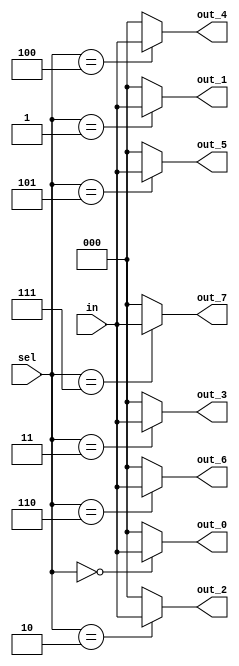
/*
 * Generated by Digiblock. Don't modify this file!
 * Any changes will be lost if this file is regenerated.
 */
module DemuxBus3 #(
    parameter Bits = 2
)
(
    output [2:0] out_0,
    output [2:0] out_1,
    output [2:0] out_2,
    output [2:0] out_3,
    output [2:0] out_4,
    output [2:0] out_5,
    output [2:0] out_6,
    output [2:0] out_7,
    input [2:0] sel,
    input [2:0] in
);
    assign out_0 = (sel == 3'h0)? in : 3'h0;
    assign out_1 = (sel == 3'h1)? in : 3'h0;
    assign out_2 = (sel == 3'h2)? in : 3'h0;
    assign out_3 = (sel == 3'h3)? in : 3'h0;
    assign out_4 = (sel == 3'h4)? in : 3'h0;
    assign out_5 = (sel == 3'h5)? in : 3'h0;
    assign out_6 = (sel == 3'h6)? in : 3'h0;
    assign out_7 = (sel == 3'h7)? in : 3'h0;
endmodule
module DIG_Counter_Nbit
#(
    parameter Bits = 2
)
(
    output [(Bits-1):0] out,
    output ovf,
    input C,
    input en,
    input clr
);
    reg [(Bits-1):0] count;

    always @ (posedge C) begin
        if (clr)
          count <= 'h0;
        else if (en)
          count <= count + 1'b1;
    end

    assign out = count;
    assign ovf = en? &count : 1'b0;

    initial begin
        count = 'h0;
    end
endmodule
module Mux_4x1_NBits #(
    parameter Bits = 2
)
(
    input [1:0] sel,
    input [(Bits - 1):0] in_0,
    input [(Bits - 1):0] in_1,
    input [(Bits - 1):0] in_2,
    input [(Bits - 1):0] in_3,
    output reg [(Bits - 1):0] out
);
    always @ (*) begin
        case (sel)
            2'h0: out = in_0;
            2'h1: out = in_1;
            2'h2: out = in_2;
            2'h3: out = in_3;
            default:
                out = 'h0;
        endcase
    end
endmodule
module Demux3
(
    output [0:0] out_0,
    output [0:0] out_1,
    output [0:0] out_2,
    output [0:0] out_3,
    output [0:0] out_4,
    output [0:0] out_5,
    output [0:0] out_6,
    output [0:0] out_7,
    input [2:0] sel,
    input [0:0] in
);
    assign out_0 = (sel == 3'h0)? in : 1'h0;
    assign out_1 = (sel == 3'h1)? in : 1'h0;
    assign out_2 = (sel == 3'h2)? in : 1'h0;
    assign out_3 = (sel == 3'h3)? in : 1'h0;
    assign out_4 = (sel == 3'h4)? in : 1'h0;
    assign out_5 = (sel == 3'h5)? in : 1'h0;
    assign out_6 = (sel == 3'h6)? in : 1'h0;
    assign out_7 = (sel == 3'h7)? in : 1'h0;
endmodule
module DIG_Register_BUS #(
    parameter Bits = 1
)
(
    input C,
    input en,
    input [(Bits - 1):0]D,
    output [(Bits - 1):0]Q
);

    reg [(Bits - 1):0] state = 'h0;

    assign Q = state;

    always @ (posedge C) begin
        if (en)
            state <= D;
   end
endmodule
module DIG_Register
(
    input C,
    input en,
    input D,
    output Q
);

    reg  state = 'h0;

    assign Q = state;

    always @ (posedge C) begin
        if (en)
            state <= D;
   end
endmodule
module Mux_2x1_NBits #(
    parameter Bits = 2
)
(
    input [0:0] sel,
    input [(Bits - 1):0] in_0,
    input [(Bits - 1):0] in_1,
    output reg [(Bits - 1):0] out
);
    always @ (*) begin
        case (sel)
            1'h0: out = in_0;
            1'h1: out = in_1;
            default:
                out = 'h0;
        endcase
    end
endmodule
module Mux_8x1_NBits #(
    parameter Bits = 2
)
(
    input [2:0] sel,
    input [(Bits - 1):0] in_0,
    input [(Bits - 1):0] in_1,
    input [(Bits - 1):0] in_2,
    input [(Bits - 1):0] in_3,
    input [(Bits - 1):0] in_4,
    input [(Bits - 1):0] in_5,
    input [(Bits - 1):0] in_6,
    input [(Bits - 1):0] in_7,
    output reg [(Bits - 1):0] out
);
    always @ (*) begin
        case (sel)
            3'h0: out = in_0;
            3'h1: out = in_1;
            3'h2: out = in_2;
            3'h3: out = in_3;
            3'h4: out = in_4;
            3'h5: out = in_5;
            3'h6: out = in_6;
            3'h7: out = in_7;
            default:
                out = 'h0;
        endcase
    end
endmodule
module Mux_8x1
(
    input [2:0] sel,
    input in_0,
    input in_1,
    input in_2,
    input in_3,
    input in_4,
    input in_5,
    input in_6,
    input in_7,
    output reg out
);
    always @ (*) begin
        case (sel)
            3'h0: out = in_0;
            3'h1: out = in_1;
            3'h2: out = in_2;
            3'h3: out = in_3;
            3'h4: out = in_4;
            3'h5: out = in_5;
            3'h6: out = in_6;
            3'h7: out = in_7;
            default:
                out = 'h0;
        endcase
    end
endmodule
module CompUnsigned #(
    parameter Bits = 1
)
(
    input [(Bits -1):0] a,
    input [(Bits -1):0] b,
    output \> ,
    output \= ,
    output \<
);
    assign \> = a > b;
    assign \= = a == b;
    assign \< = a < b;
endmodule
module DIG_RAMDualPort
#(
    parameter Bits = 8,
    parameter AddrBits = 4
)
(
  input [(AddrBits-1):0] A,
  input [(Bits-1):0] Din,
  input str,
  input C,
  input ld,
  output [(Bits-1):0] D
);
  reg [(Bits-1):0] memory[0:((1 << AddrBits) - 1)];

  assign D = ld? memory[A] : 'hz;

  always @ (posedge C) begin
    if (str)
      memory[A] <= Din;
  end
endmodule
module DriverInvBus#(
    parameter Bits = 2
)
(
    input [(Bits-1):0] in,
    input sel,
    output [(Bits-1):0] out
);
    assign out = (sel == 1'b0)? in : {Bits{1'bz}};
endmodule